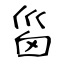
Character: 𡿺